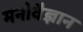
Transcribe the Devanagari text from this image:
मनोवैज्ञान